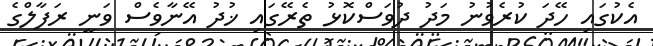
އެކުގައި ހޭދަ ކުރެވުނު މަދު ދުވަސްކޮޅު ތެރޭގައި ޚުދު އޭނާވެސް ވަނީ ރަފާލްގެ